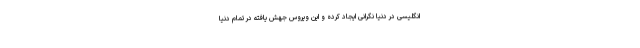
انگلیسی در دنیا نگرانی ایجاد کرده و این ویروس جهش یافته در تمام دنیا